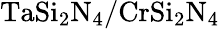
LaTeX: \mathrm{TaSi_{2}N_{4}/CrSi_{2}N_{4}}